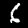
Label: 6